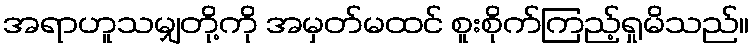
အရာဟူသမျှတို့ကို အမှတ်မထင် စူးစိုက်ကြည့်ရှုမိသည်။